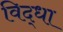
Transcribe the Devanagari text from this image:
विद्धा